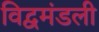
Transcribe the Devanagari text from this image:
विद्वमंडली